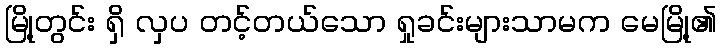
မြို့တွင်း ရှိ လှပ တင့်တယ်သော ရှုခင်းများသာမက မေမြို့၏